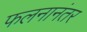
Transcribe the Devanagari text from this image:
फलनानंतर